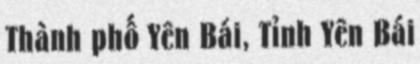
Thành phố Yên Bái, Tỉnh Yên Bái